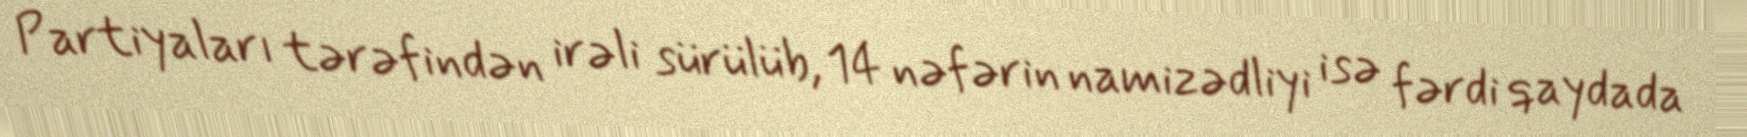
Partiyaları tərəfindən irəli sürülüb, 14 nəfərin namizədliyi isə fərdi qaydada